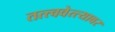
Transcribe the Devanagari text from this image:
तत्त्ववेत्त्यावर